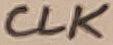
Text: CLK